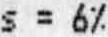
S = 6%